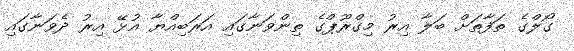
ގޯލްގެ ތަފާތަށް ބަލާ އިރު މިގްރޫޕްގެ ތިންވަނާގައި އަރަބިއްޔާ އުޅޭ އިރު ދެވަނާގައި